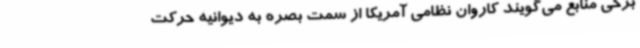
برخی منابع می‌گویند کاروان نظامی آمریکا از سمت بصره به دیوانیه حرکت